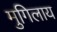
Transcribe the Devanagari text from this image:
मुगिलाय